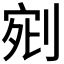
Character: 𭃰